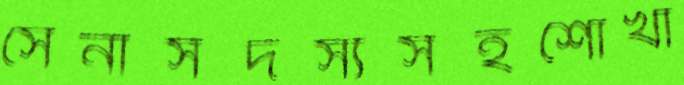
সেনাসদস্যসহশোঁখা